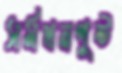
সর্মথনপুষ্ট